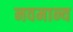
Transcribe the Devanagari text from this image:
नवमान्य